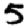
Digit: 5